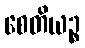
စေတိယဉ္စ